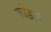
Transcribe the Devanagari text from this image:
कोंडले